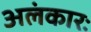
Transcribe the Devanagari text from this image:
अलंकारः